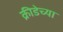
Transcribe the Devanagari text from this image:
क्रीडेच्या